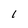
Character: l